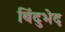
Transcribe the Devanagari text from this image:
बिंदुभेद